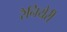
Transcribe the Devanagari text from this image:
रैनियेरी